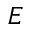
{ \cal E }